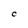
Character: C